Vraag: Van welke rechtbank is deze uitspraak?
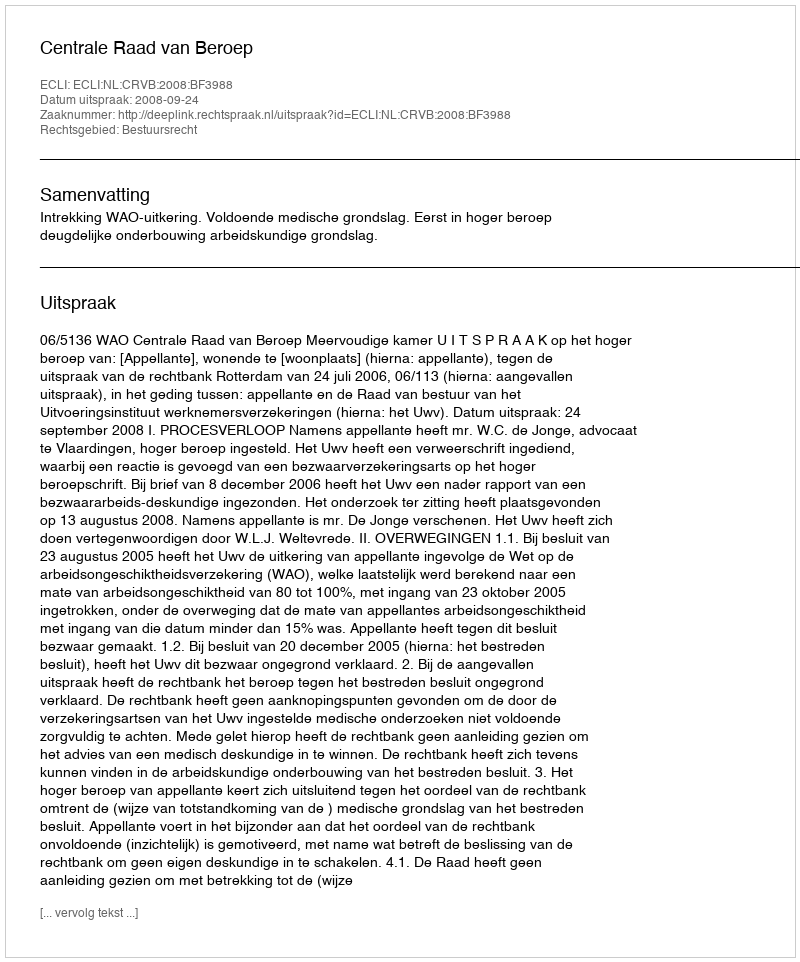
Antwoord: Centrale Raad van Beroep